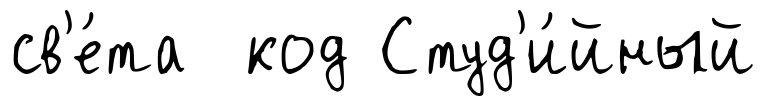
св'е́та код Студ'и́йный